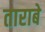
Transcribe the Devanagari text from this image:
ताराबे